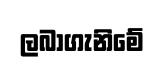
ලබාගැනිමේ